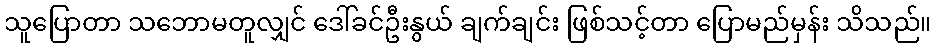
သူပြောတာ သဘောမတူလျှင် ဒေါ်ခင်ဦးနွယ် ချက်ချင်း ဖြစ်သင့်တာ ပြောမည်မှန်း သိသည်။